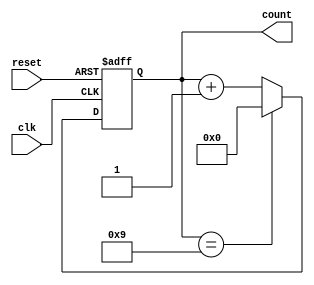
module decade_counter(
    input wire clk,
    input wire reset,
    output reg [3:0] count
);

always @ (posedge clk or posedge reset) begin
    if (reset) begin
        count <= 4'b0000; // reset to 0
    end else begin
        if (count == 4'b1001) begin
            count <= 4'b0000; // reset to 0 after reaching 9
        end else begin
            count <= count + 1; // increment count by 1
        end
    end
end

endmodule